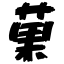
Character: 菓